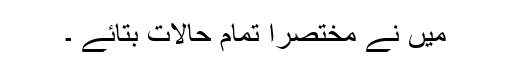
میں نے مختصراً تمام حالات بتائے ۔